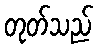
တုတ်သည်